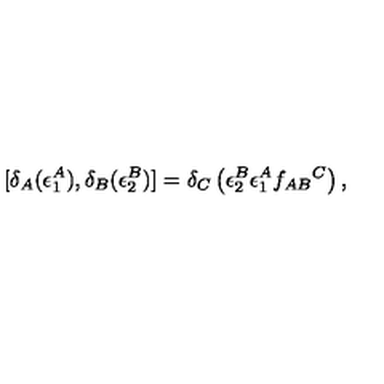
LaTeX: [ \delta _ { A } ( \epsilon _ { 1 } ^ { A } ) , \delta _ { B } ( \epsilon _ { 2 } ^ { B } ) ] = \delta _ { C } \left( \epsilon _ { 2 } ^ { B } \epsilon _ { 1 } ^ { A } f _ { A B } { } ^ { C } \right) ,